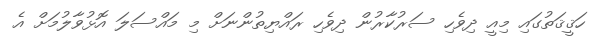
ހަޤީޤަތުގައި މިއީ ދިވެހި ސަރުކާރުން ދިވެހި ރައްޔިތުންނަށް މި މައްސަލަ އޮޅުވާލުމަށް އެ